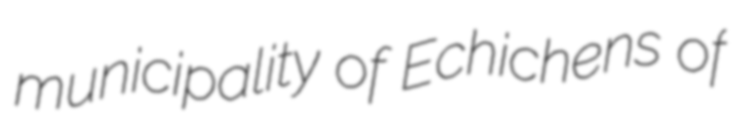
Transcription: municipality of Echichens of